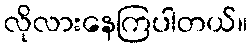
လိုလားနေကြပါတယ်။